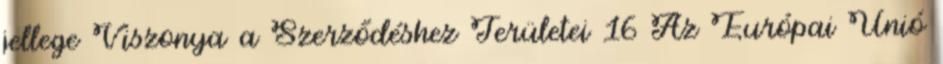
jellege Viszonya a Szerződéshez Területei 16 Az Európai Unió